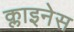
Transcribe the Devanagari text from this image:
क्लाइनेस